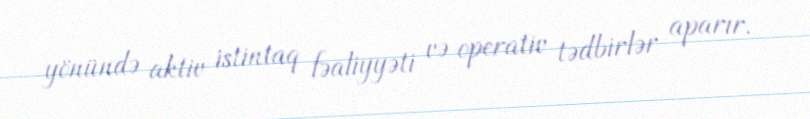
yönündə aktiv istintaq fəaliyyəti və operativ tədbirlər aparır.